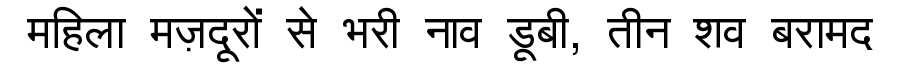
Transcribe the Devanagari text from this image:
महिला मज़दूरों से भरी नाव डूबी, तीन शव बरामद